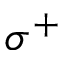
\sigma ^ { + }